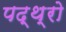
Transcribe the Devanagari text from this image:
पद्थ्रो